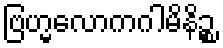
ဗြဟ္မလောကဂါမိနိဉ္စ